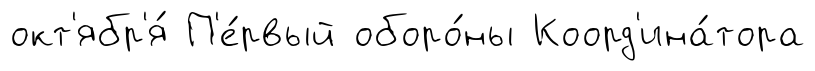
окт'ябр'я́ П'е́рвый оборо́ны Коорд'ина́тора